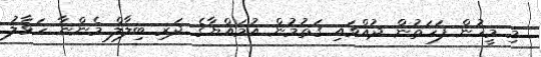
މި މީހުން ފަހަތުން ދުއްވައި ގަތުމުން އުމައްޔާގެ ދަރި ބިލާލް މެންނާ ހަވާލު